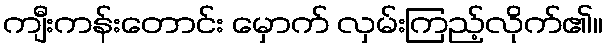
ကျီးကန်းတောင်း မှောက် လှမ်းကြည့်လိုက်၏။